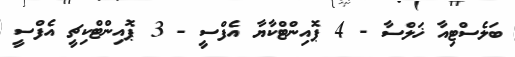
ބަލެސްޓިއާ ޚަލްސާ - 4 ޕޮއިންޓްކާޔާ އެފްސީ - 3 ޕޮއިންޓްކިޗީ އެފްސީ